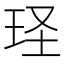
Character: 𮴎